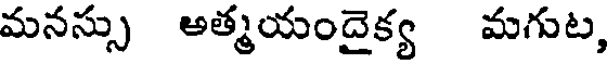
మనస్సు అత్మయందైక్య మగుట,